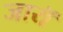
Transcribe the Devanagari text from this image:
जायॅ